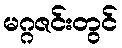
မဂ္ဂဇင်းတွင်